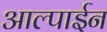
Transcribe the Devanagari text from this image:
आल्पाईन